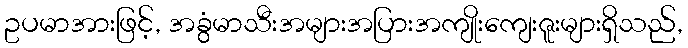
ဥပမာအားဖြင့်, အခွံမာသီးအများအပြားအကျိုးကျေးဇူးများရှိသည်,